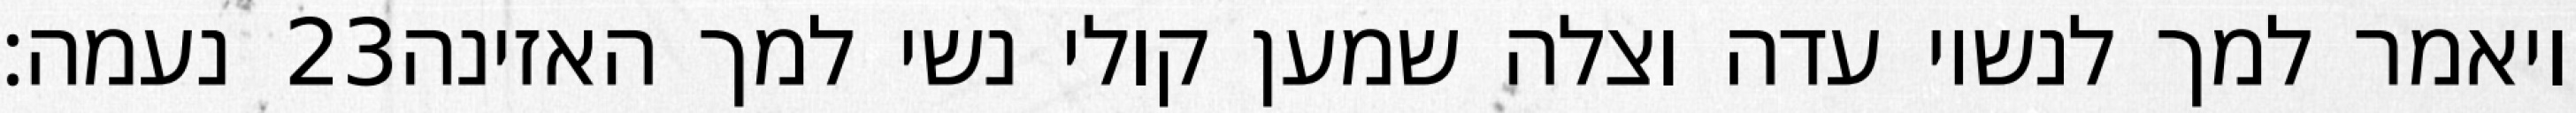
נעמה׃ ‎23‏ ויאמר למך לנשיו עדה וצלה שמען קולי נשי למך האזינה